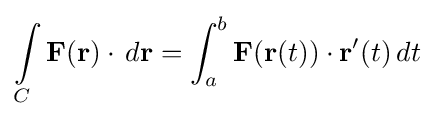
\int \limits _{C}\mathbf {F} (\mathbf {r} )\cdot \,d\mathbf {r} =\int _{a}^{b}\mathbf {F} (\mathbf {r} (t))\cdot \mathbf {r} '(t)\,dt